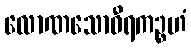
လောဏသောဝီရကဉ္စဟံ